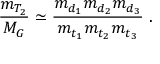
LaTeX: \frac { m _ { T _ { 2 } } } { M _ { G } } \simeq \frac { m _ { d _ { 1 } } m _ { d _ { 2 } } m _ { d _ { 3 } } } { m _ { t _ { 1 } } m _ { t _ { 2 } } m _ { t _ { 3 } } } ~ .